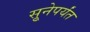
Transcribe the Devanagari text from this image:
सुूनेपर्यंत